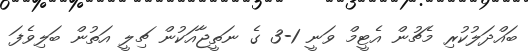
ބައްދަލުކުރި މެޗުން އެޓީމް ވަނީ 1-3 ގެ ނަތީޖާއަކުން ޗިލީ އަތުން ބަލިވެފަ